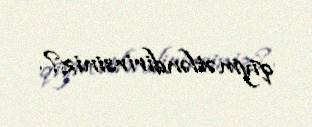
qiymətləndirirsiniz?.